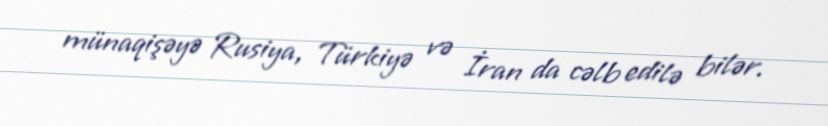
münaqişəyə Rusiya, Türkiyə və İran da cəlb edilə bilər.